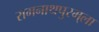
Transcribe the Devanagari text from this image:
रामनाथपुरम्‌ला